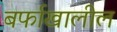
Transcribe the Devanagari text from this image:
बर्फाखालील